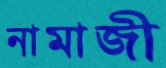
নামাজী